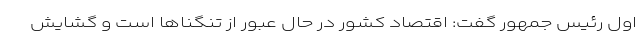
اول رئیس جمهور گفت: اقتصاد کشور در حال عبور از تنگناها است و گشایش